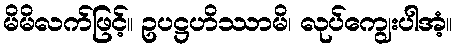
မိမိလက်ဖြင့်။ ဥပဋ္ဌဟိဿာမိ၊ လုပ်ကျွေးပါအံ့။